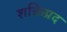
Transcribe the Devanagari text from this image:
शक्तिप्रद